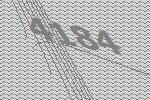
4184